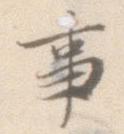
事